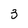
Character: 3